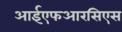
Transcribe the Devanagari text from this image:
आईएफआरसिएस